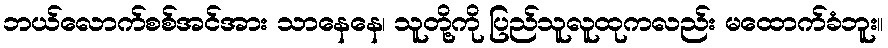
ဘယ်လောက်စစ်အင်အား သာနေနေ၊ သူတို့ကို ပြည်သူလူထုကလည်း မထောက်ခံဘူး။